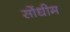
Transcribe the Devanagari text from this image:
सोंधीम